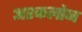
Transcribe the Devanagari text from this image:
अश्कलोन